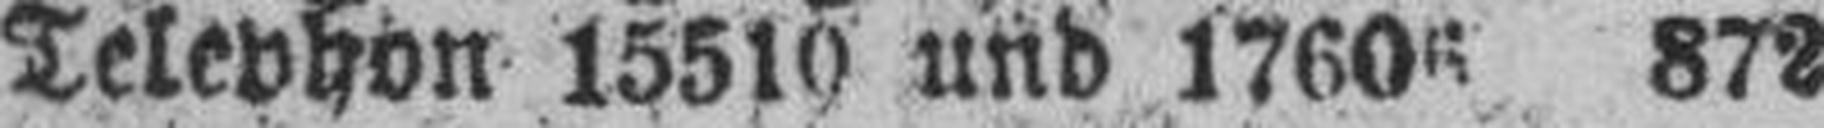
Telephon 15510 und 17605 872